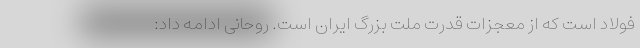
فولاد است که از معجزات قدرت ملت بزرگ ایران است. روحانی ادامه داد: